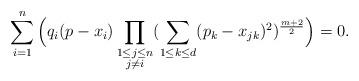
LaTeX: \begin{align*}\sum_{i=1}^{n}\Big(q_i(p - x_{i})\prod_{\substack { 1 \le j \le n \\ j \neq i} }(\sum_{1\le k \le d}(p_k - x_{jk})^2)^{\frac{m+2}{2}}\Big) = 0.\end{align*}